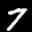
Label: 7